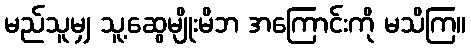
မည်သူမျှ သူ့ဆွေမျိုးမိဘ အကြောင်းကို မသိကြ။